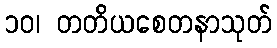
၁၀၊ တတိယစေတနာသုတ်